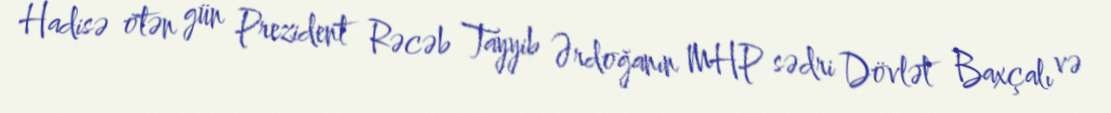
Hadisə ötən gün Prezident Rəcəb Tayyib Ərdoğanın MHP sədri Dövlət Baxçalı və